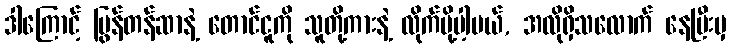
ဒါကြောင့် ပြွန်တန်ဆာနဲ့ တောင်ငူကို သူတို့ကားနဲ့ လိုက်ပို့ပါ့မယ်, အလိုရှိသလောက် နေပြီးမှ